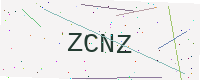
Text: ZCNZ